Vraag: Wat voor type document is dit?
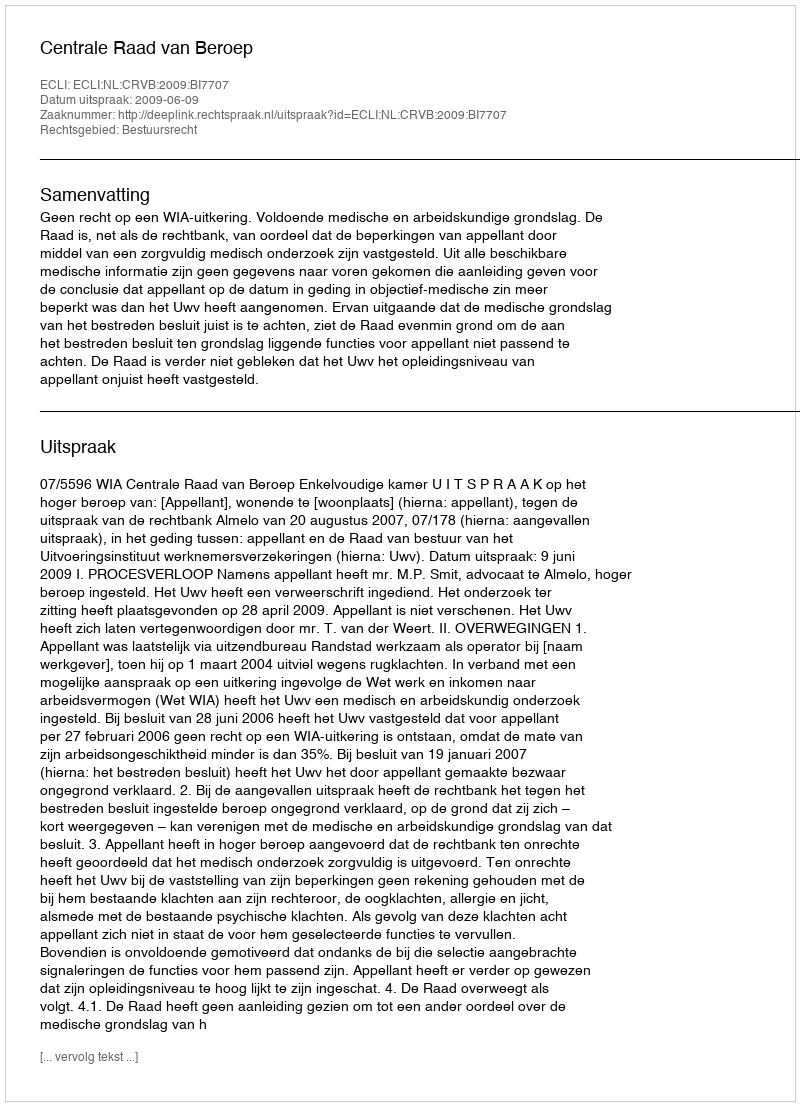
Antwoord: Uitspraak